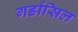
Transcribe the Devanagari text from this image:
गर्डासिल